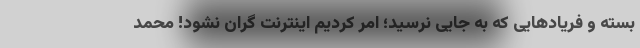
بسته و فریادهایی که به جایی نرسید؛ امر کردیم اینترنت گران نشود! محمد